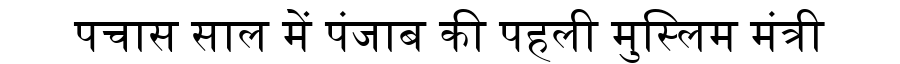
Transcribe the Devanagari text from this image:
पचास साल में पंजाब की पहली मुस्लिम मंत्री